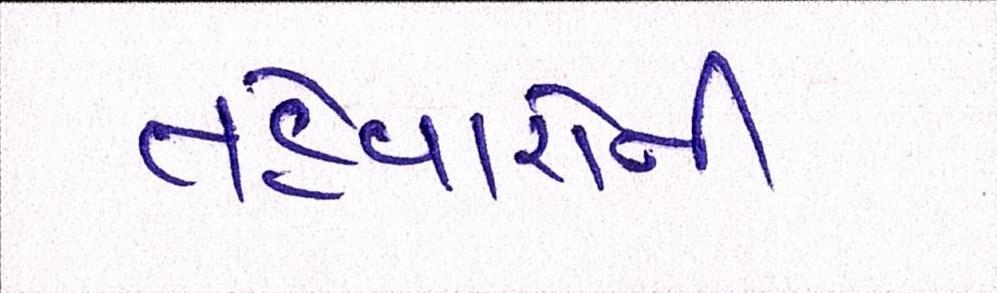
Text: તહેવારોની